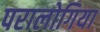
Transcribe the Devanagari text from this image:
परालोगिया